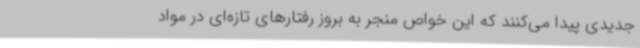
جدیدی پیدا می‌کنند که این خواص منجر به بروز رفتارهای تازه‌ای در مواد